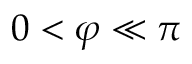
0 < \varphi \ll \pi